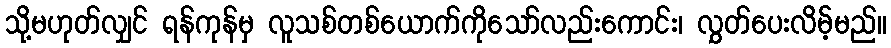
သို့မဟုတ်လျှင် ရန်ကုန်မှ လူသစ်တစ်ယောက်ကိုသော်လည်းကောင်း၊ လွှတ်ပေးလိမ့်မည်။